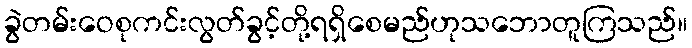
ခွဲတမ်းဝေစုကင်းလွတ်ခွင့်တို့ရရှိစေမည်ဟုသဘောတူကြသည်။